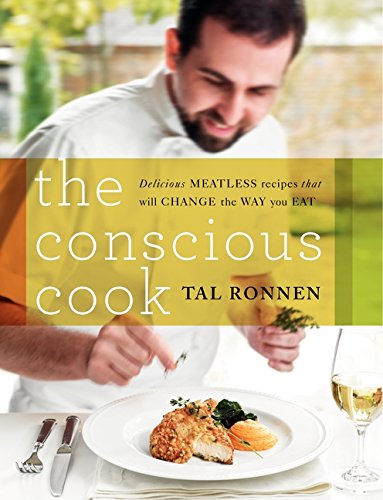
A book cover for The Conscious Cook: Delicious Meatless Recipes That Will Change the Way You Eat; Tal Ronnen; Cookbooks, Food & Wine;